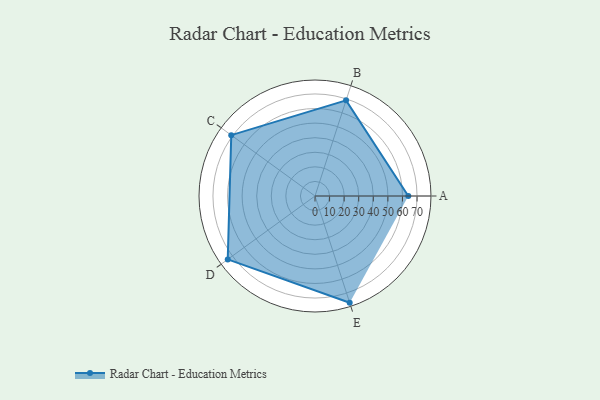
{"axis": {"x": "Skill", "y": "Score"}, "legend": ["Profile"], "data": [{"x": "A", "y": 64.0, "type": "Profile"}, {"x": "B", "y": 69.0, "type": "Profile"}, {"x": "C", "y": 71.0, "type": "Profile"}, {"x": "D", "y": 74.0, "type": "Profile"}, {"x": "E", "y": 77.0, "type": "Profile"}]}